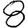
Digit: 8